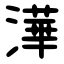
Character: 澕